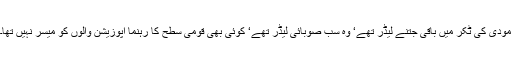
مودی کی ٹکر میں باقی جتنے لیڈر تھے‘ وہ سب صوبائی لیڈر تھے‘ کوئی بھی قومی سطح کا رہنما اپوزیشن والوں کو میسر نہیں تھا۔